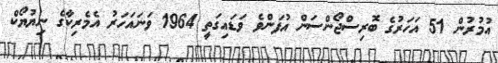
އުމުރުން 51 އަހަރުގެ ބޮރިސްޖޯންސަން އުފަންވެ ވަޑައިގަތީ 1964 ވަނައަހަރު އެމެރިކާގެ ނިޔުޔޯކް